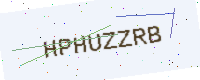
Text: HPHUZZRB